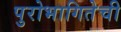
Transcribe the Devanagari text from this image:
पुरोभागितेची